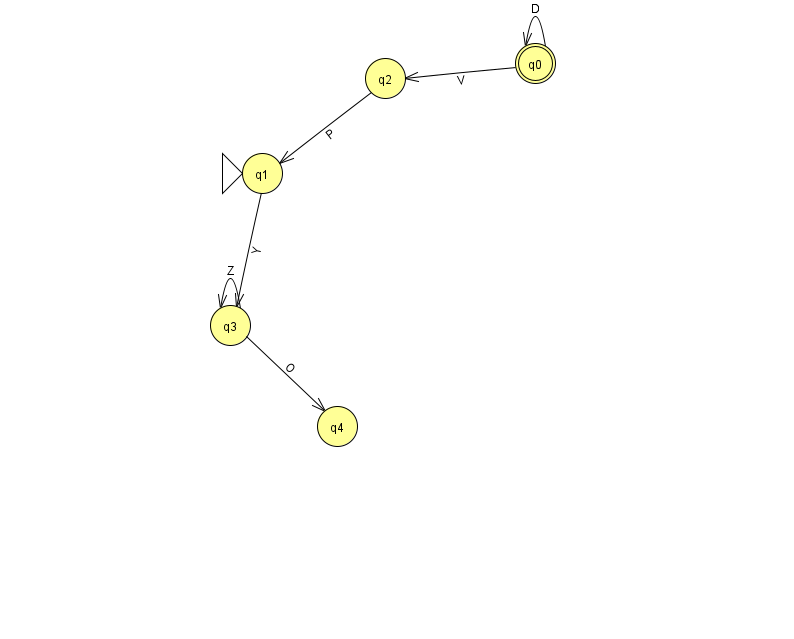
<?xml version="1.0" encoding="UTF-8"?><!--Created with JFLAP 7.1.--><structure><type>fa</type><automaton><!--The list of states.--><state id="0" name="q0"><x>535.0</x><y>50.0</y><final/></state><state id="1" name="q1"><x>262.0</x><y>160.0</y><initial/></state><state id="2" name="q2"><x>385.0</x><y>65.0</y></state><state id="3" name="q3"><x>230.0</x><y>312.0</y></state><state id="4" name="q4"><x>337.0</x><y>413.0</y></state><!--The list of transitions.--><transition><from>2</from><to>1</to><read>P</read></transition><transition><from>1</from><to>3</to><read>Y</read></transition><transition><from>0</from><to>0</to><read>D</read></transition><transition><from>3</from><to>4</to><read>O</read></transition><transition><from>3</from><to>3</to><read>Z</read></transition><transition><from>0</from><to>2</to><read>V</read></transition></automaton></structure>